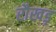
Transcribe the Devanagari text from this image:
रौखड़